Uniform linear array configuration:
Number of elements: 4
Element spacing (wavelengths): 0.5
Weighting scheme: cosine
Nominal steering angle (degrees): -60
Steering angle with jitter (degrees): -60.448
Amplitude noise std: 0.05
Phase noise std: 0.05

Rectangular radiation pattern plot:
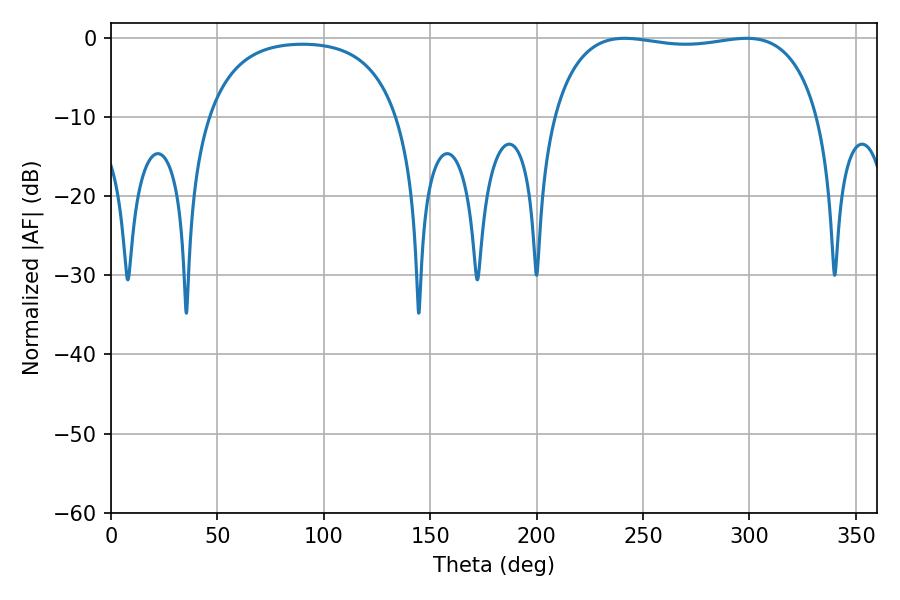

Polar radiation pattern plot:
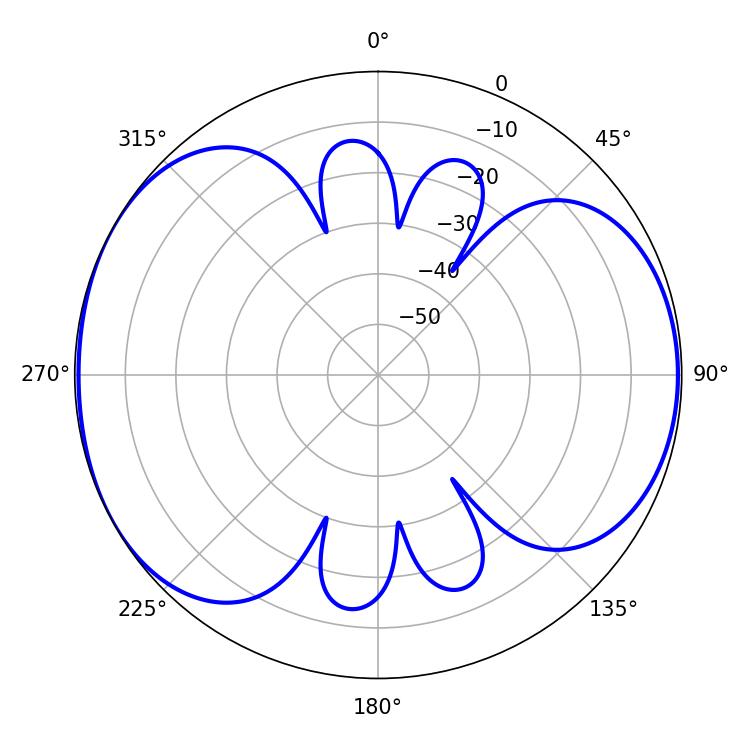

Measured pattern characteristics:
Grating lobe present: FALSE
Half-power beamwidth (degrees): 100.44
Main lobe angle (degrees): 241.38